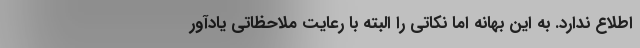
اطلاع ندارد. به این بهانه اما نکاتی را البته با رعایت ملاحظاتی یادآور